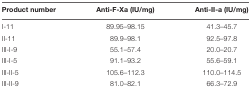
<table><thead><tr><td><b>Product number</b></td><td><b>Anti-F-Xa (IU/mg)</b></td><td><b>Anti-II-a (IU/mg)</b></td></tr></thead><tbody><tr><td>I-11</td><td>89.95–98.15</td><td>41.3–45.7</td></tr><tr><td>II-11</td><td>89.9–98.1</td><td>92.5–97.8</td></tr><tr><td>III-I-9</td><td>55.1–57.4</td><td>20.0–20.7</td></tr><tr><td>III-I-5</td><td>91.1–93.2</td><td>55.6–59.1</td></tr><tr><td>III-II-5</td><td>105.6–112.3</td><td>110.0–114.5</td></tr><tr><td>III-II-9</td><td>81.0–82.1</td><td>66.3–72.9</td></tr></tbody></table>